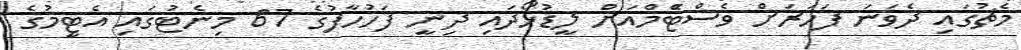
މެޗުގައި ދެވަނަ ފަހަރަށް ވެސްޓްަޭމްއަށް ލީޑުހޯދައި ދިނީ ފަހުހާފުގެ 67 މިނެޓުގައި އެޓީމުގެ